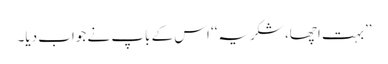
’’بہت اچھا، شکریہ‘‘ اس کے باپ نے جواب دیا۔